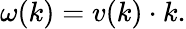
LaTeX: \omega(k)=v(k)\cdot k.